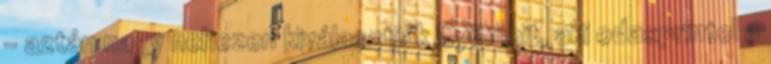
- aztán nagy nehezen kiválasztják Gyömbit, aki odasprintel a